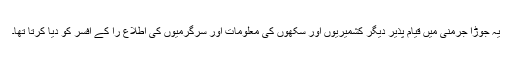
یہ جوڑا جرمنی میں قیام پذیر دیگر کشمیریوں اور سکھوں کی معلومات اور سرگرمیوں کی اطلاع را کے افسر کو دیا کرتا تھا۔